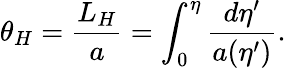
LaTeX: \theta_{H}={\frac{L_{H}}{a}}=\int_{0}^{\eta}{\frac{d\eta^{\prime}}{a(\eta^{\prime})}}.